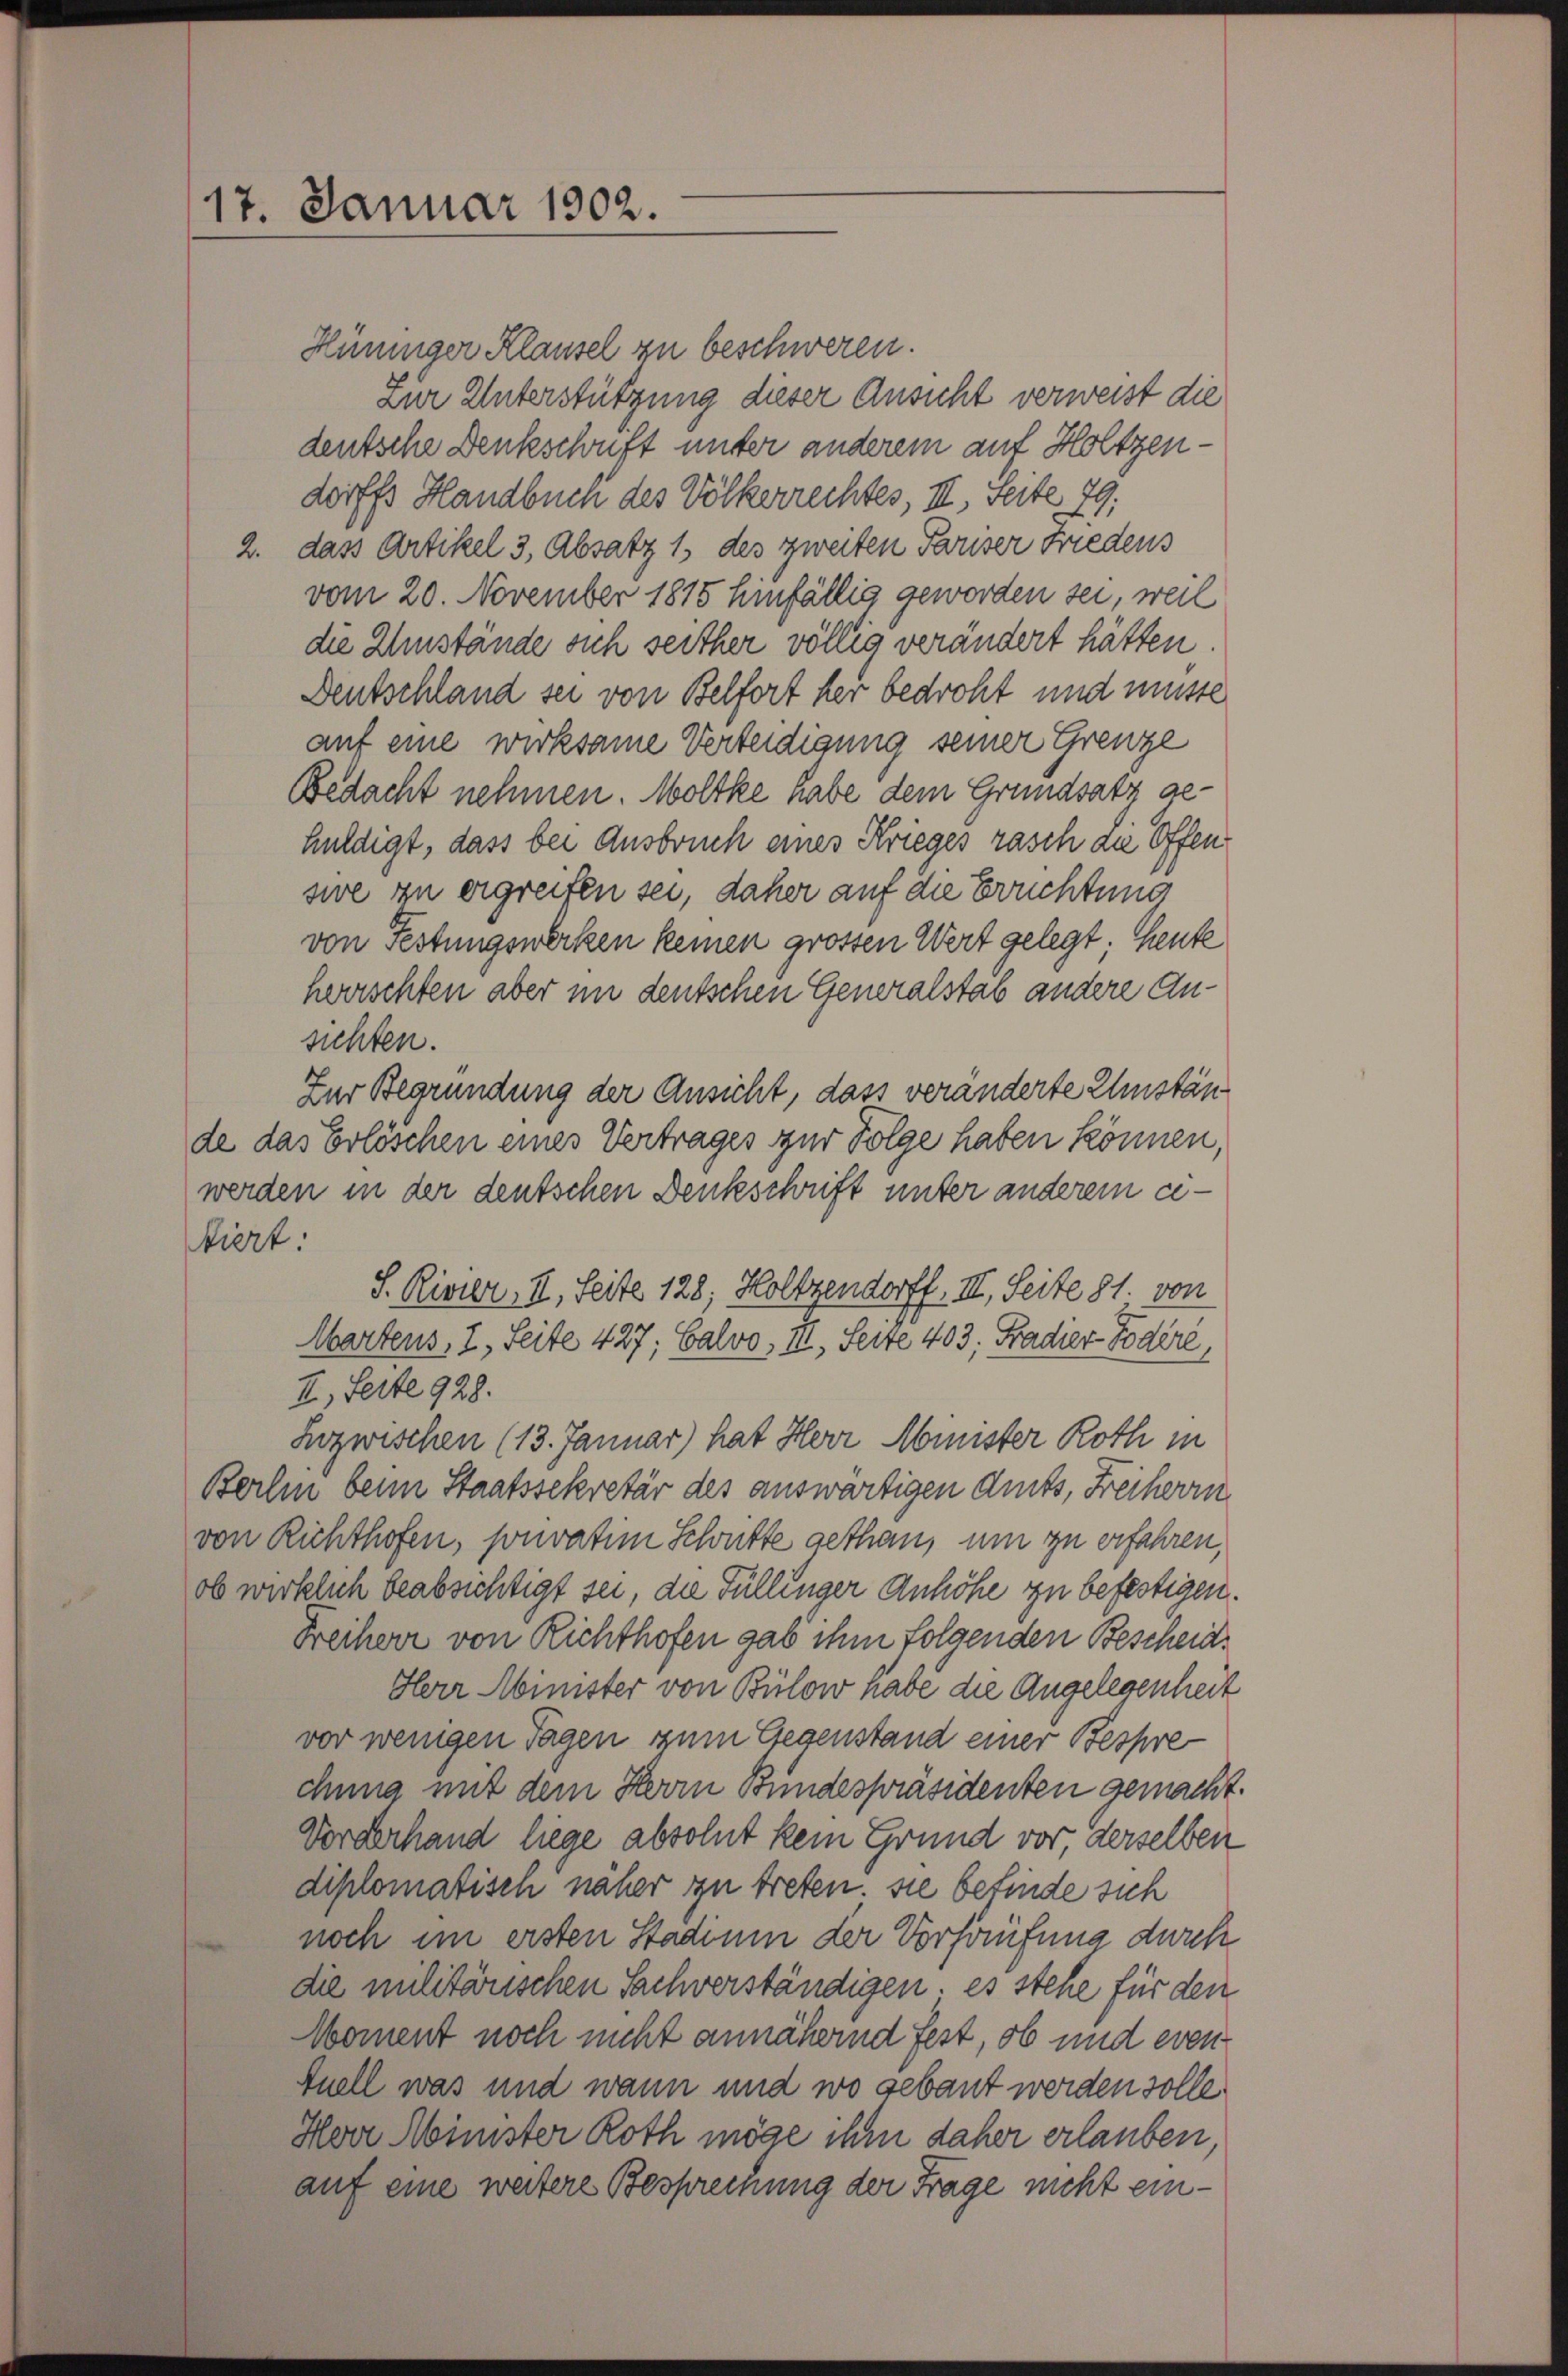
Hünniger Klausel zu beschweren.
zur Unterstützung dieser Ansicht verweist die
deutsche Denkschrift unter anderem auf Holtzendorffs Handbuch des Völkerrechtes, III, Seite 79.
2. dass Artikel 3, Absatz 1 des zweiten Pariser Friedens
vom 20. November 1815 hinfällig geworden sei, weil
die Umstände sich seither völlig verändert hätten.
Deutschland sei von Belfort der bedroht und müsse
auf eine wirksame Verteidigung seiner Grenze
Bedacht nehmen. Wolke habe dem Grundsatz gehuldigt, dass bei Ausbruch eines Krieges rasch die Offensive zu ergreifen sei, daher auf die Errichtung
von Festungswerken keinen grossen Wert gelegt; Heute
herrschten aber in deutschen Generalstab andere Ansichten.
Zur Begründung der Ansicht, dass veränderte Umstände das Erlöschen eines Vertrages zur Folge haben können,
werden in der deutschen Denkschrift unter anderem citiert:
S. Rivier, II. Seite 128; Holtzendorff, III. Seite 81. von
Wartens, I. Seite 427; Calvo, III. Seite 403, Fradier Todéré,
II, ferte 928.
Hozwischen (13. Januar) hat Herr Minister Roth in
Berlin beim Staatssekretär des auswärtigen Amts, Freiherrn
von Richthofen, sonvaten Schütte gethan, um zu erfahren,
ob wirklich beabsichtigt sei, die Füllinger Anhöhe zu befestigen.
Freiherr von Richthofen gab ihm folgenden Bescheid
Herr Minister von Bülow habe die Angelegenheit
vor wenigen Tagen zum Gegenstand einer Bespre
chung mit dem Herrn Bundespräsidenten gemacht.
Vorderhand liege absolut kein Grund vor, derselben
diplomatisch näher zu treten. Sie befinde sich
noch im ersten Stadium der Vorhäufung durch
die militärischen Sachverständigen, es stehe für den
Woment noch nicht annähernd fest, ob und eventuell was und wann und wo gebaut werden solle.
Herr Minister Roth möge ihm daher erlauben,
auf eine weitere Besprechung der Frage nicht ein¬

17. Januar 1902.